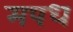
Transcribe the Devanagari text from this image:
मपध